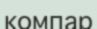
компар